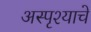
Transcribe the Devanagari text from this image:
अस्पृश्‍याचे